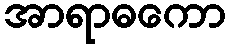
အာရာဓကော